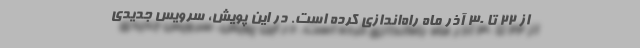
از ۲۲ تا ۳۰ آذر ماه راه‌اندازی کرده است. در این پویش، سرویس جدیدی